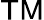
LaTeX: \mathsf{TM}